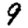
Digit: 9